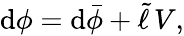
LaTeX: \begin{array}{r}{\mathrm{d}\phi=\mathrm{d}\bar{\phi}+\tilde{\ell}\, V,}\end{array}